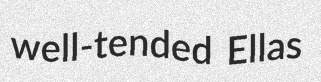
well-tended Ellas